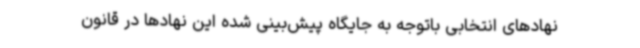
نهادهای انتخابی باتوجه به جایگاه پیش‌بینی شده این نهادها در قانون